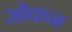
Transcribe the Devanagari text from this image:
सोकन